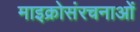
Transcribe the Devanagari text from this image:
माइक्रोसंरचनाओं